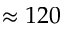
\approx 1 2 0